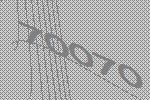
70070